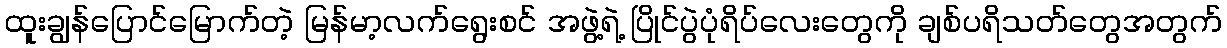
ထူးချွန်ပြောင်မြောက်တဲ့ မြန်မာ့လက်ရွေးစင် အဖွဲ့ရဲ့ ပြိုင်ပွဲပုံရိပ်လေးတွေကို ချစ်ပရိသတ်တွေအတွက်